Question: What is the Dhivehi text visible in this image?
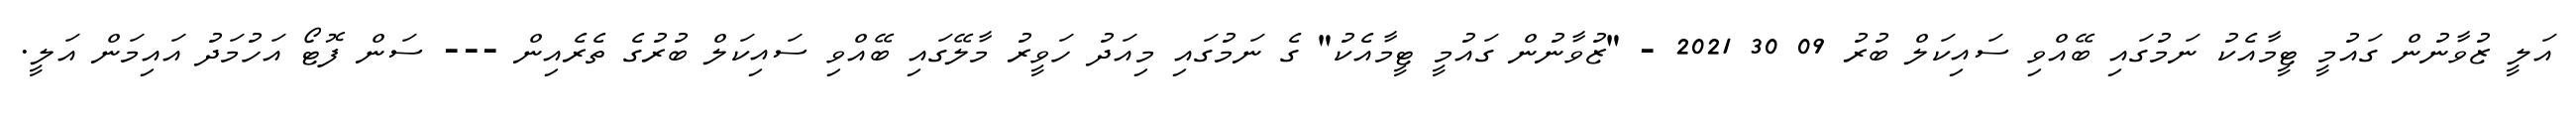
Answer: އަލީ ޒުވާނުން ގައުމީ ޓީމާއެކު ނަމުގައި ބޭއްވި ސައިކަލް ބުރު 09 30 2021 - "ޒުވާނުން ގައުމީ ޓީމާއެކު" ގެ ނަމުގައި މިއަދު ހަވީރު މާލޭގައި ބޭއްވި ސައިކަލް ބުރުގެ ތެރެއިން --- ސަން ފޮޓޯ އަހުމަދު އައިމަން އަލީ.